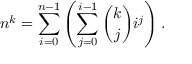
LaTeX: n ^ { k } = \sum _ { i = 0 } ^ { n - 1 } \left( \sum _ { j = 0 } ^ { i - 1 } { \binom { k } { j } } i ^ { j } \right) .